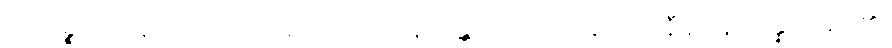
အယဉ္စ၊ ဤသူငယ်သည်လည်း။ သုသာနသန္တိကေ၊ သင်းချိုင်းအနီး၌။ နိပန္နော၊ အိပ်၏။